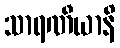
သာရဏီယာနိ